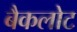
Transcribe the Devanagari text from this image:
बैकलोट